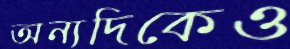
অন্যদিকেও